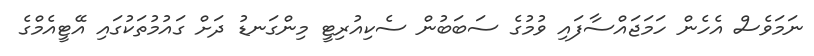
ނަމަވެސް އެހެން ހަމަޖައްސާފައި ވުމުގެ ސަބަބުން ސެކިއުރިޓީ މިންގަނޑު ދަށް ގައުމުތަކުގައި އޭޓީއެމްގެ